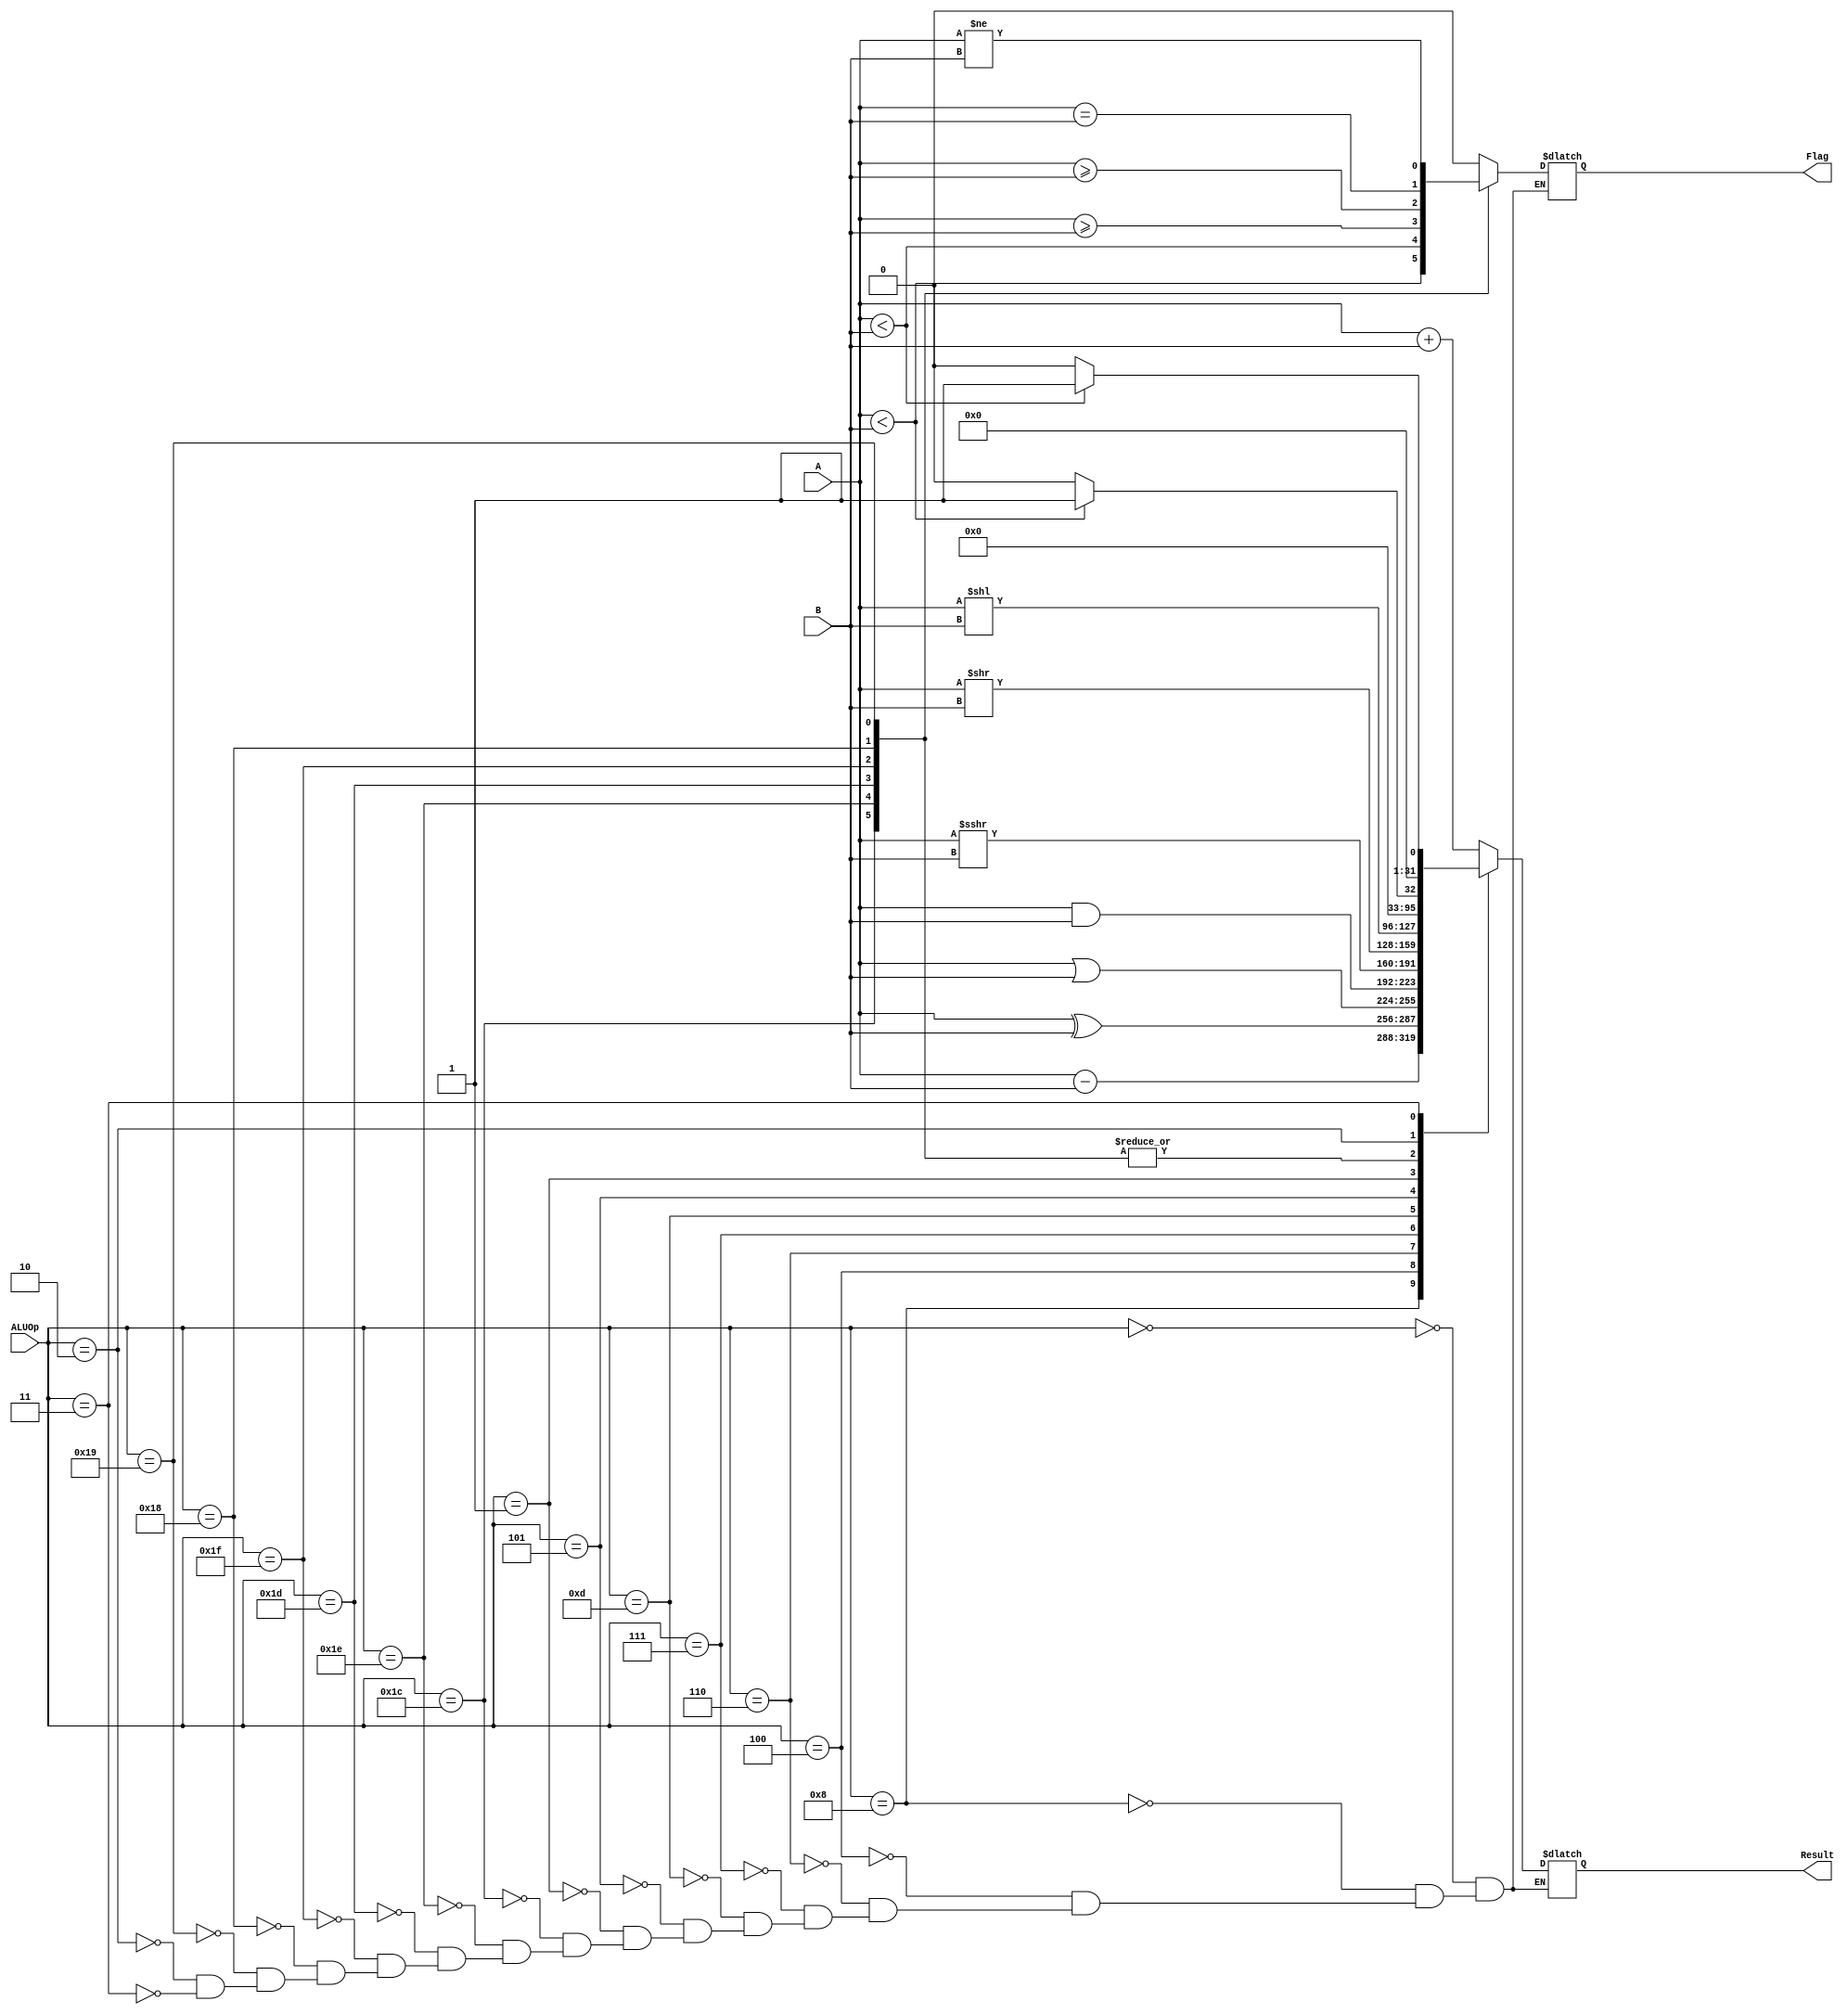
`timescale 1ns / 1ps

`define ALU_ADD   5'b00000
`define ALU_SUB   5'b01000

`define ALU_XOR   5'b00100
`define ALU_OR    5'b00110
`define ALU_AND   5'b00111

// shifts
`define ALU_SRA   5'b01101
`define ALU_SRL   5'b00101
`define ALU_SLL   5'b00001

// comparisons
`define ALU_LTS   5'b11100
`define ALU_LTU   5'b11110
`define ALU_GES   5'b11101
`define ALU_GEU   5'b11111
`define ALU_EQ    5'b11000
`define ALU_NE    5'b11001

// set lower than operations
`define ALU_SLTS  5'b00010
`define ALU_SLTU  5'b00011


module ALU_RISCV(
input [4:0] ALUOp,
input [31:0] A,
input [31:0] B,
output reg [31:0] Result,
output reg Flag
    );
    
    //block for result 
  always @(*) begin
     case(ALUOp)
     
     `ALU_ADD: Result = A + B;
     `ALU_SUB: Result = A - B;
     
     `ALU_XOR: Result = A ^ B ; 
     `ALU_OR: Result = A | B;
     `ALU_AND: Result = A & B ;
     
     `ALU_SRA: Result = $signed(A) >>> $signed(B);
     `ALU_SRL: Result = A >> B; 
     `ALU_SLL: Result = A << B;
     
     `ALU_LTS: Result = 0;
     `ALU_LTU: Result = 0;
     `ALU_GES: Result = 0;
     `ALU_GEU: Result = 0;
     `ALU_EQ: Result = 0;
     `ALU_NE: Result = 0;

     `ALU_SLTS: Result = ($signed(A) < $signed(B))? 1 : 0;
     `ALU_SLTU: Result = (A < B) ? 1 : 0;
     endcase  
  
  end
  
  //block for flags
    always @(*) begin
     case(ALUOp)
     
     `ALU_ADD: Flag = 0;
     `ALU_SUB: Flag = 0;
     
     `ALU_XOR: Flag = 0; 
     `ALU_OR: Flag = 0;
     `ALU_AND: Flag = 0;
     
     `ALU_SRA: Flag = 0;
     `ALU_SRL: Flag = 0; 
     `ALU_SLL: Flag = 0;
     
     `ALU_LTS: Flag = ($signed(A) < $signed(B));
     `ALU_LTU: Flag = A < B;
     `ALU_GES: Flag = ($signed(A) >= $signed(B));
     `ALU_GEU: Flag = A >= B;
     `ALU_EQ: Flag = (A == B);
     `ALU_NE: Flag = (A != B);

     `ALU_SLTS: Flag = 0;
     `ALU_SLTU: Flag = 0;
     
     endcase  
  
  end
  
  
  
  
endmodule